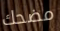
مضحك